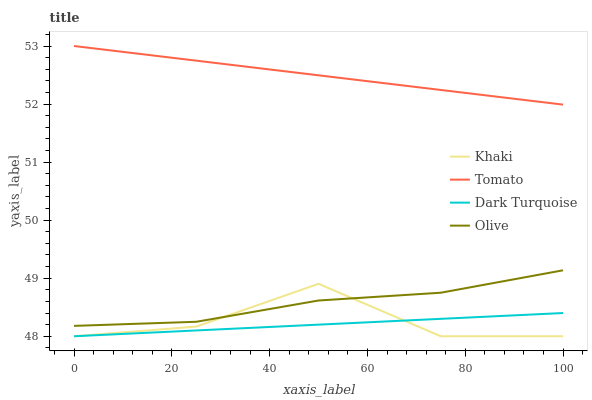
| xaxis_label | Khaki | Tomato | Dark Turquoise | Olive |
 | --- | --- | --- | --- | --- |
 | 0 | 48 | 53 | 48 | 48.2 |
 | 25 | 48.2 | 52.7 | 48.1 | 48.2 |
 | 50 | 48.9 | 52.5 | 48.2 | 48.6 |
 | 75 | 48 | 52.2 | 48.3 | 48.7 |
 | 100 | 48 | 52 | 48.4 | 49.1 |